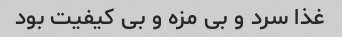
غذا سرد و بی مزه و بی کیفیت بود